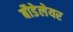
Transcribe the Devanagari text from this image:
बौडेलेयर